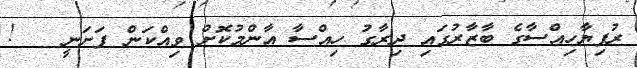
ރުފިޔާހިއްސާގެ ބާޒާރުގައި ދިރާގު ހިއްސާ އާންމުކޮށް ވިއްކަން ފަށަނީ   !